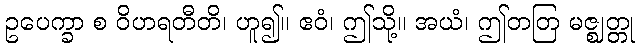
ဥပေက္ခာ စ ဝိဟရတီတိ၊ ဟူ၍။ ဧဝံ၊ ဤသို့။ အယံ၊ ဤတတြ မဇ္ဈတ္တု